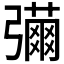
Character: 𢐳